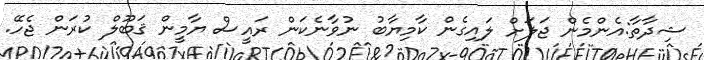
ޝިދާތާ:އެންމެން ޖަލަށް ލައިގެން ކާމިޔާބު ނުވާނެކަން ރައީސް ޔާމީން ޤަބޫލް ކުރަން ޖެހޭ.